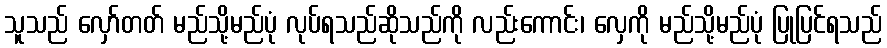
သူသည် လှော်တတ် မည်သို့မည်ပုံ လုပ်ရသည်ဆိုသည်ကို လည်းကောင်း၊ လှေကို မည်သို့မည်ပုံ ပြုပြင်ရသည်